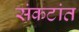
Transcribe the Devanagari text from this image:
संकटांत